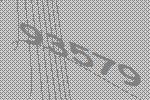
93579